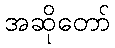
အဆိုတော်